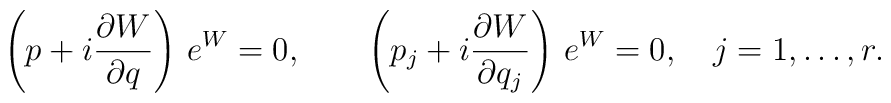
\left(p+i{\partial W\over{\partial    q}}\right)\,e^W=0,\qquad \left(p_{j}+i{\partial W\over{\partial    q_{j}}}\right)\,e^W=0, \quad j=1,\ldots, r.